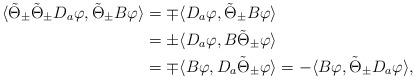
LaTeX: \begin{align*}\langle \tilde{\Theta}_\pm \tilde{\Theta}_\pm D_a\varphi,\tilde{\Theta}_\pm B\varphi\rangle&=\mp \langle D_a\varphi,\tilde{\Theta}_\pm B\varphi\rangle \\ &=\pm \langle D_a\varphi,B\tilde{\Theta}_\pm \varphi\rangle \\ &=\mp \langle B\varphi,D_a\tilde{\Theta}_\pm \varphi\rangle =-\langle B\varphi,\tilde{\Theta}_\pm D_a\varphi\rangle,\end{align*}